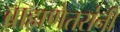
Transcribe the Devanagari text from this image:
ब्राह्मणेतरांनी